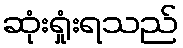
ဆုံးရှုံးရသည်